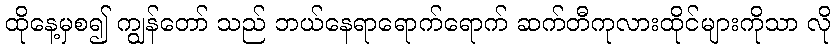
ထိုနေ့မှစ၍ ကျွန်တော် သည် ဘယ်နေရာရောက်ရောက် ဆက်တီကုလားထိုင်များကိုသာ လို